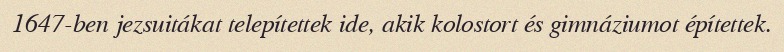
1647-ben jezsuitákat telepítettek ide, akik kolostort és gimnáziumot építettek.